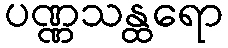
ပဏ္ဏသန္ထရော